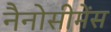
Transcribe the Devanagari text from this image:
नैनोसीमेंस